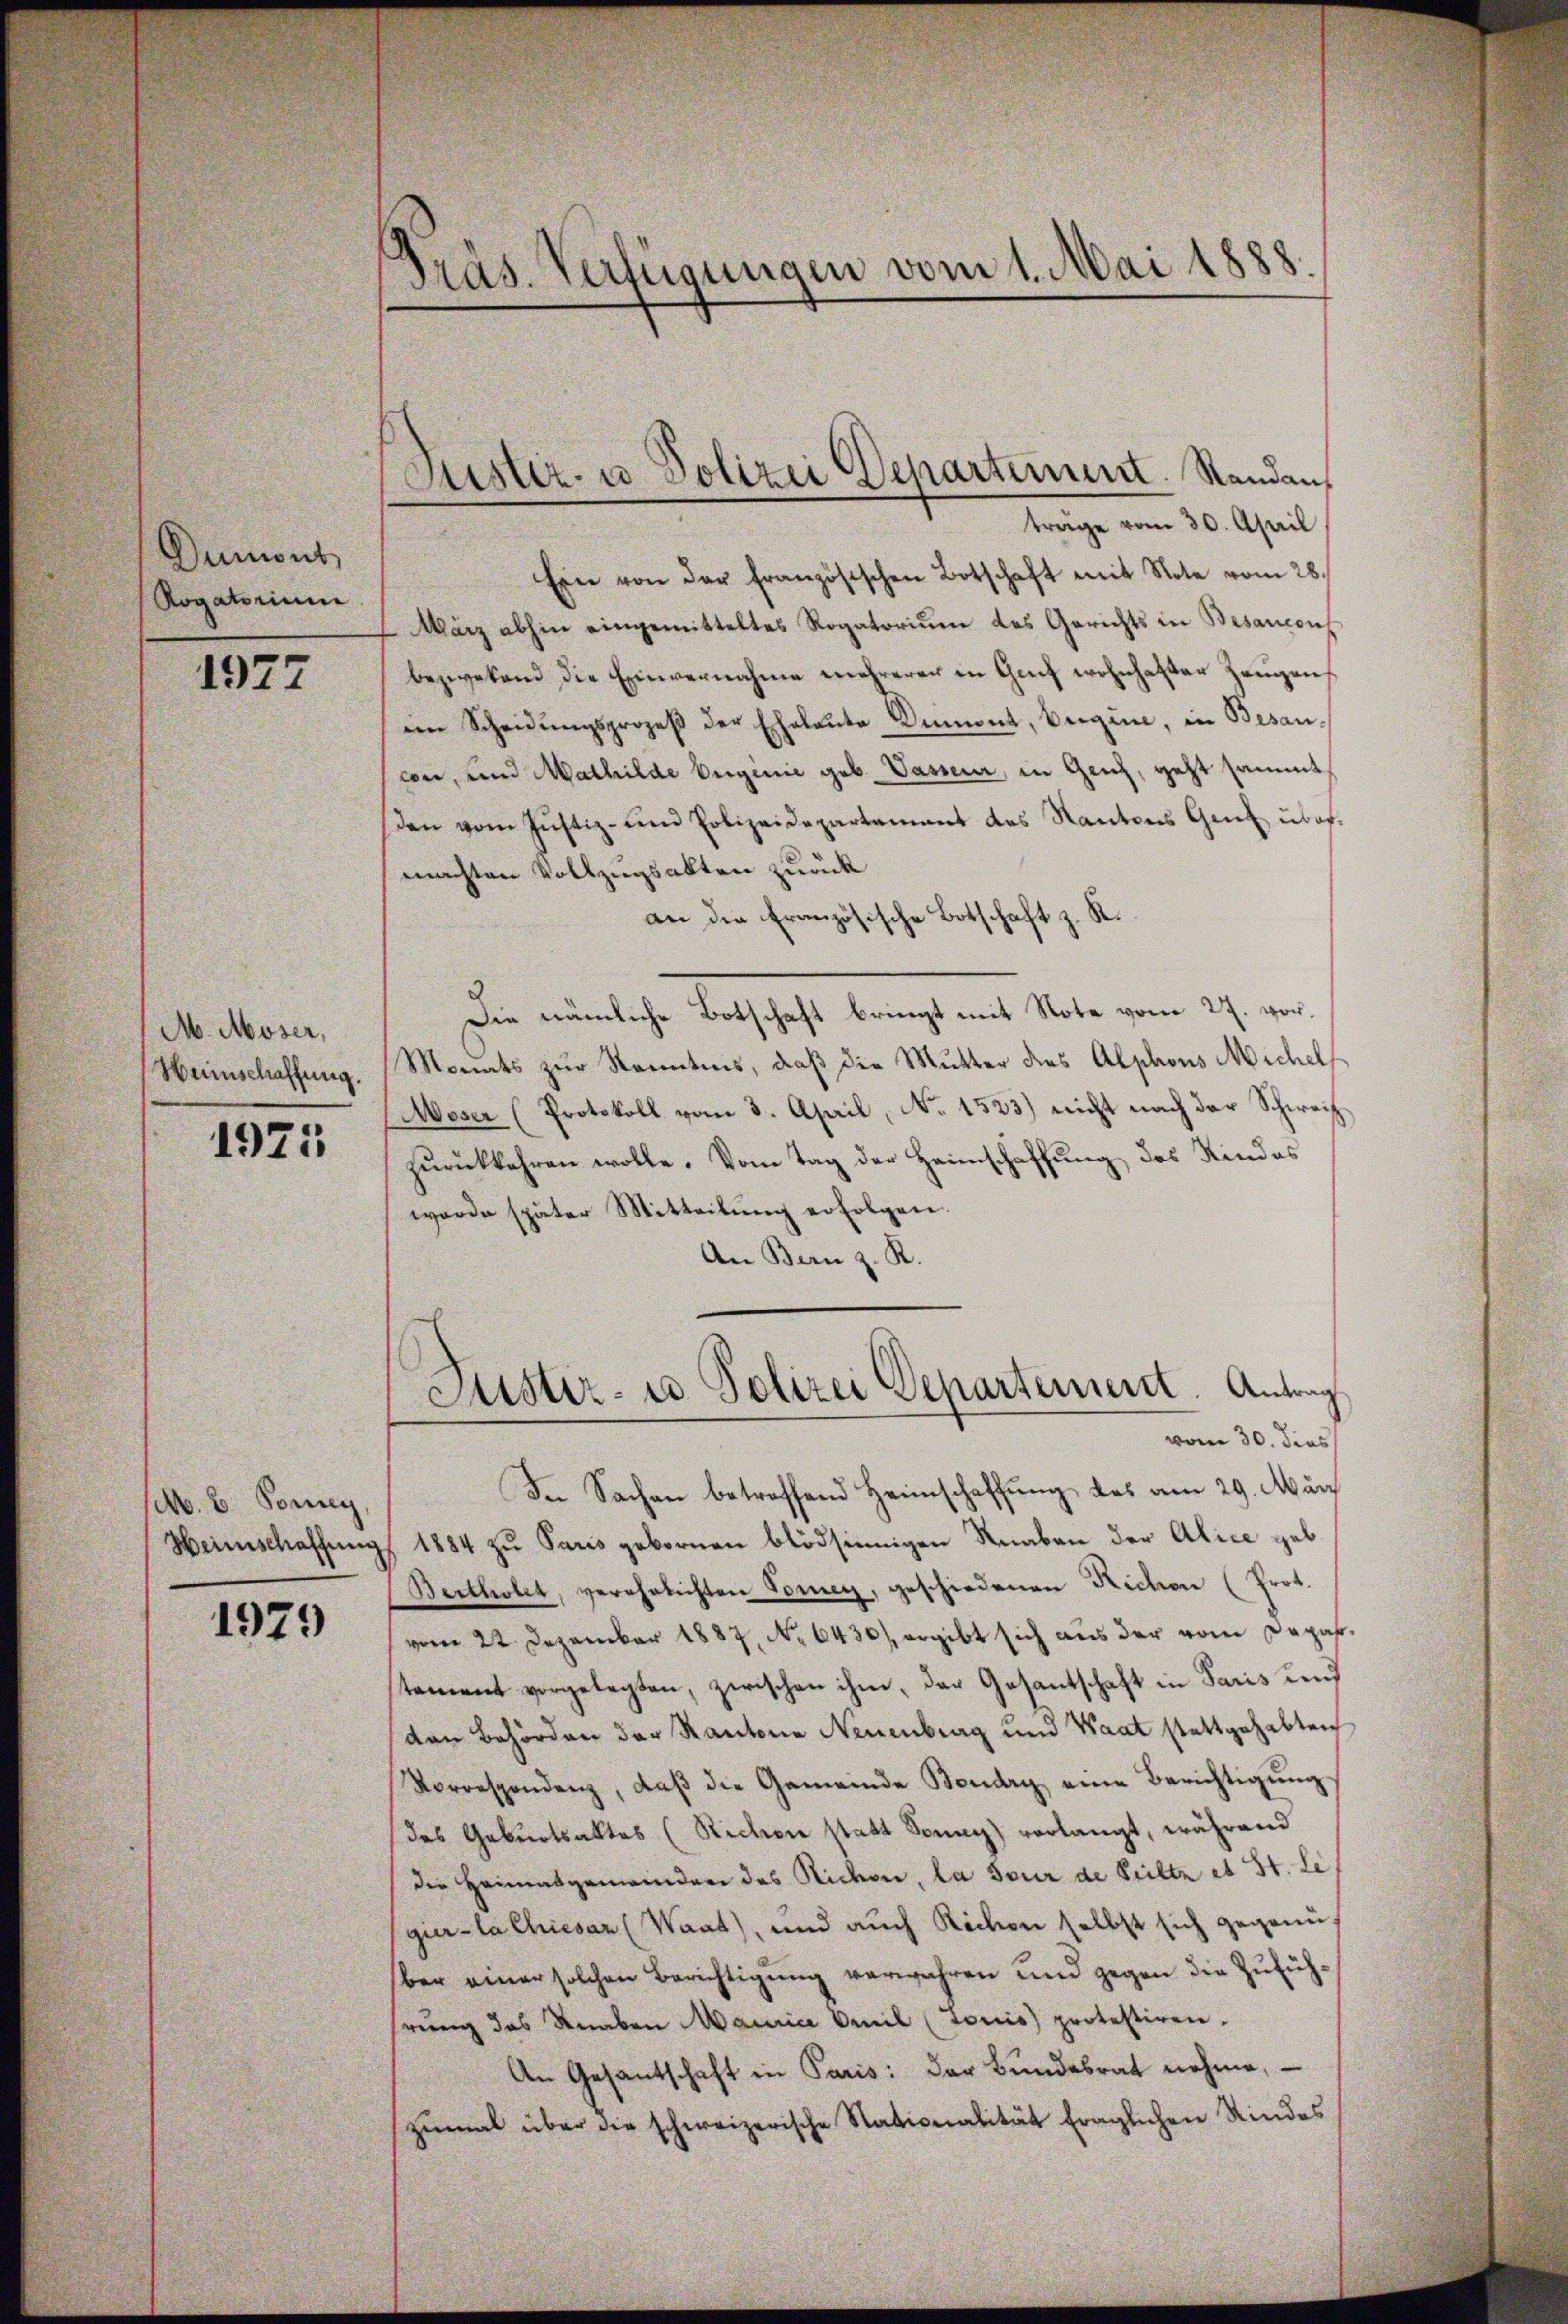
Dumont
Rogatorium

1977

M. Moser,
Heimschaffung.

1925

M. E. Ponny,
Heinschaffung

1979

Präs. Verfügungen vom 1. Mai 1888.

Ein von der französischen Botschaft mit Note vom 28.
März abhin eingemitteltes Rogatoriŭm des Gerichts in Besancenz
bezwekend die Einvernahme mehrerer in Genf wohnhafter Zeugens
en Scheidŭngsprozeβ der Ehelaŭte Dumont, beigine, in Besancon, und Mathilde Eugenie geb. Wasseur, in Geich, geht sammt
den vom Justiz- und Polizeidepartament des Kantons Genf über-
machten Vollzugsakten zurück
an die Französische Botschaft z. K.
Die nämliche Botschaft bringt mit Note vom 27. vor.
Monats zur Kenntnis, daß die Mutter dies Alphons Michel
Moser (Protokoll vom 3. April, No. 1523) nicht nach der Schweiz.
zurückkehren wolle. Vom Tag der Heimschaffung des Kindes
worde später Mitteilŭng erfolgen.
An Bern z. R.
Jüster- u. Polizei Departement. Antrag
vom 30. dies
In Sachen betreffend Heimschaffung das am 29. März
1884 zu Paris gebornen blödsinnigen Knaben der Alice geb.
Bertholet, verehelichten Toney, geschiedenen Richen (Prot.
vom 22. Dezember 1887, No 6430), ergibt sich aus der vom Deparstament vorgelegten, zwischen ihm, der Gasantschaft in Paris und
dan Behörden der Kantone Neuenburg und Waat stattgehabten
Norrespondenz, daß die Gemeinde Boudry eine Berichtigung
das Geburtsaktes (Richen statt Sonny) verlangt, während
die Heimatgemeindere des Richen, la jour de Peilte et St. Le
gur-la Chiesar (Waat), und auch Richon selbst sich gegenü
ber einer solchen Berichtigung verwahren und gegen die Zufühhrŭng des Knaben Maurice Omnil (tonis) protestiren.
An Gesantschaft in Paris: der Bŭndesrat nehme,
zŭmal über die schweizerische Stationalität fraglichen Rindes

Puster- u Polizei Departement. Standanträge vom 30. April